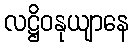
လဋ္ဌိဝနုယျာနေ